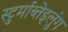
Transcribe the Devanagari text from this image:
स्टुर्माब्तेइलुंग